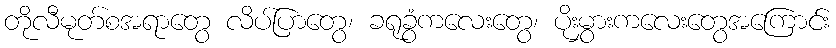
တိုလီမုတ်စအရာတွေ လိပ်ပြာတွေ၊ ခရုခွံကလေးတွေ၊ ပိုးမွှားကလေးတွေအကြောင်း